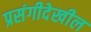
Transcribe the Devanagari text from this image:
प्रसंगीदेखील